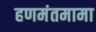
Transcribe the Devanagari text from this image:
हणमंतमामा